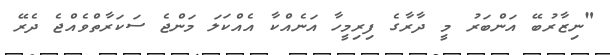
"ނިޒާރުބޭ އަންބަރު މީ ދާރާގެ ފިރިމީހާ އަނެއްކާ އެއްކަލަ މަންޖެ ސަކަރާތްވެއްޖެ ދެރޭ